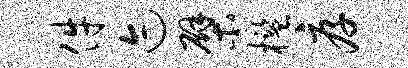
件迹檗槛厚